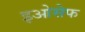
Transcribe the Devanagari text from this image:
इओसेफ